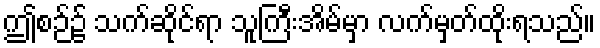
ဤစဉ်၌ သက်ဆိုင်ရာ သူကြီးအိမ်မှာ လက်မှတ်ထိုးရသည်။